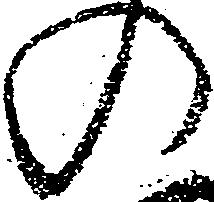
の